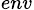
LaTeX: _{env}